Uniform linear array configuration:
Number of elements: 32
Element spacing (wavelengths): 1
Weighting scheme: hamming
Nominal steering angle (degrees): -15
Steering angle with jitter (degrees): -15.054
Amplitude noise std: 0.05
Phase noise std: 0.05

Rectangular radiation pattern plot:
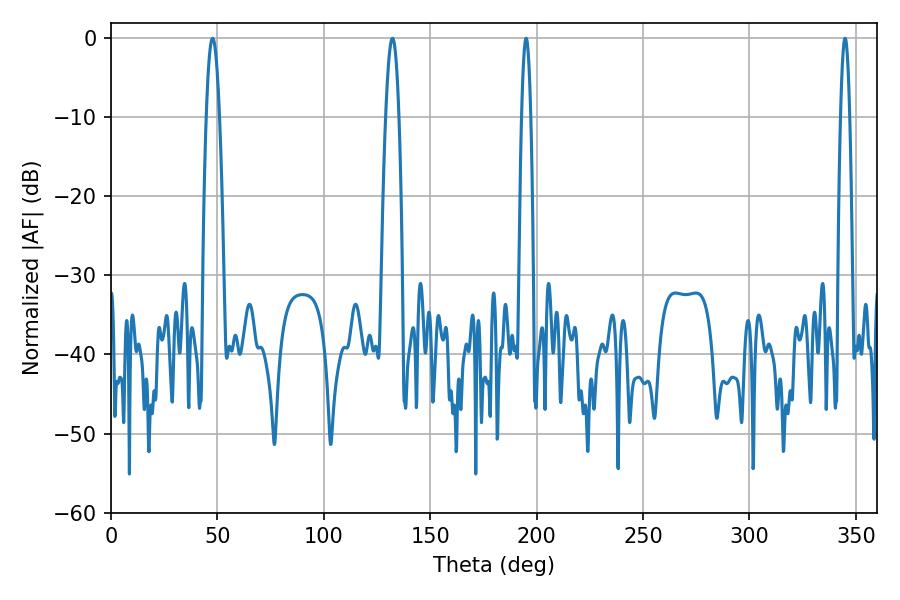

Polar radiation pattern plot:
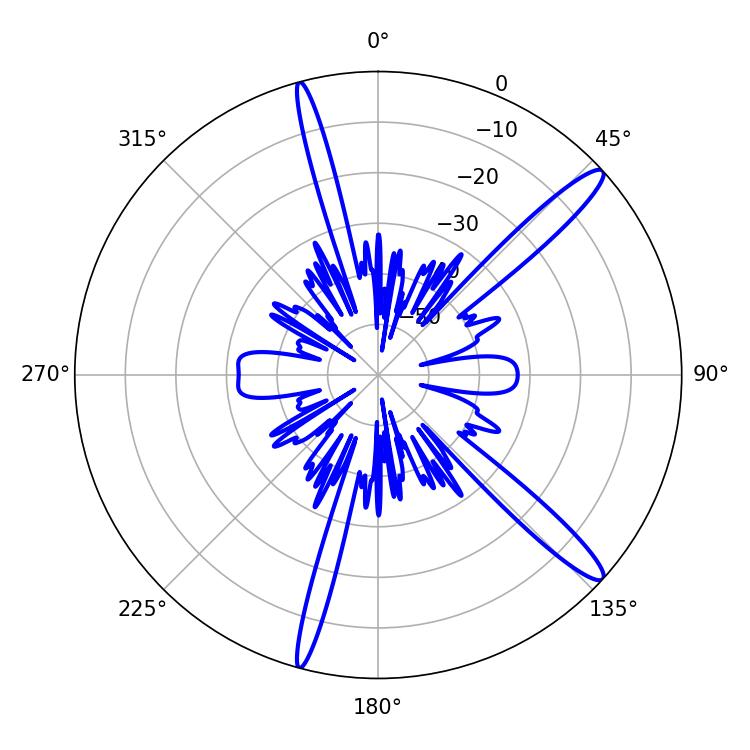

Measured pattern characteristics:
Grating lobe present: TRUE
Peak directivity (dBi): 14.387
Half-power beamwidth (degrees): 3.42
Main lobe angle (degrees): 47.7